65_HS1-834228961_62-HQ-83894_Section_10
Agency: FBI
Page 20
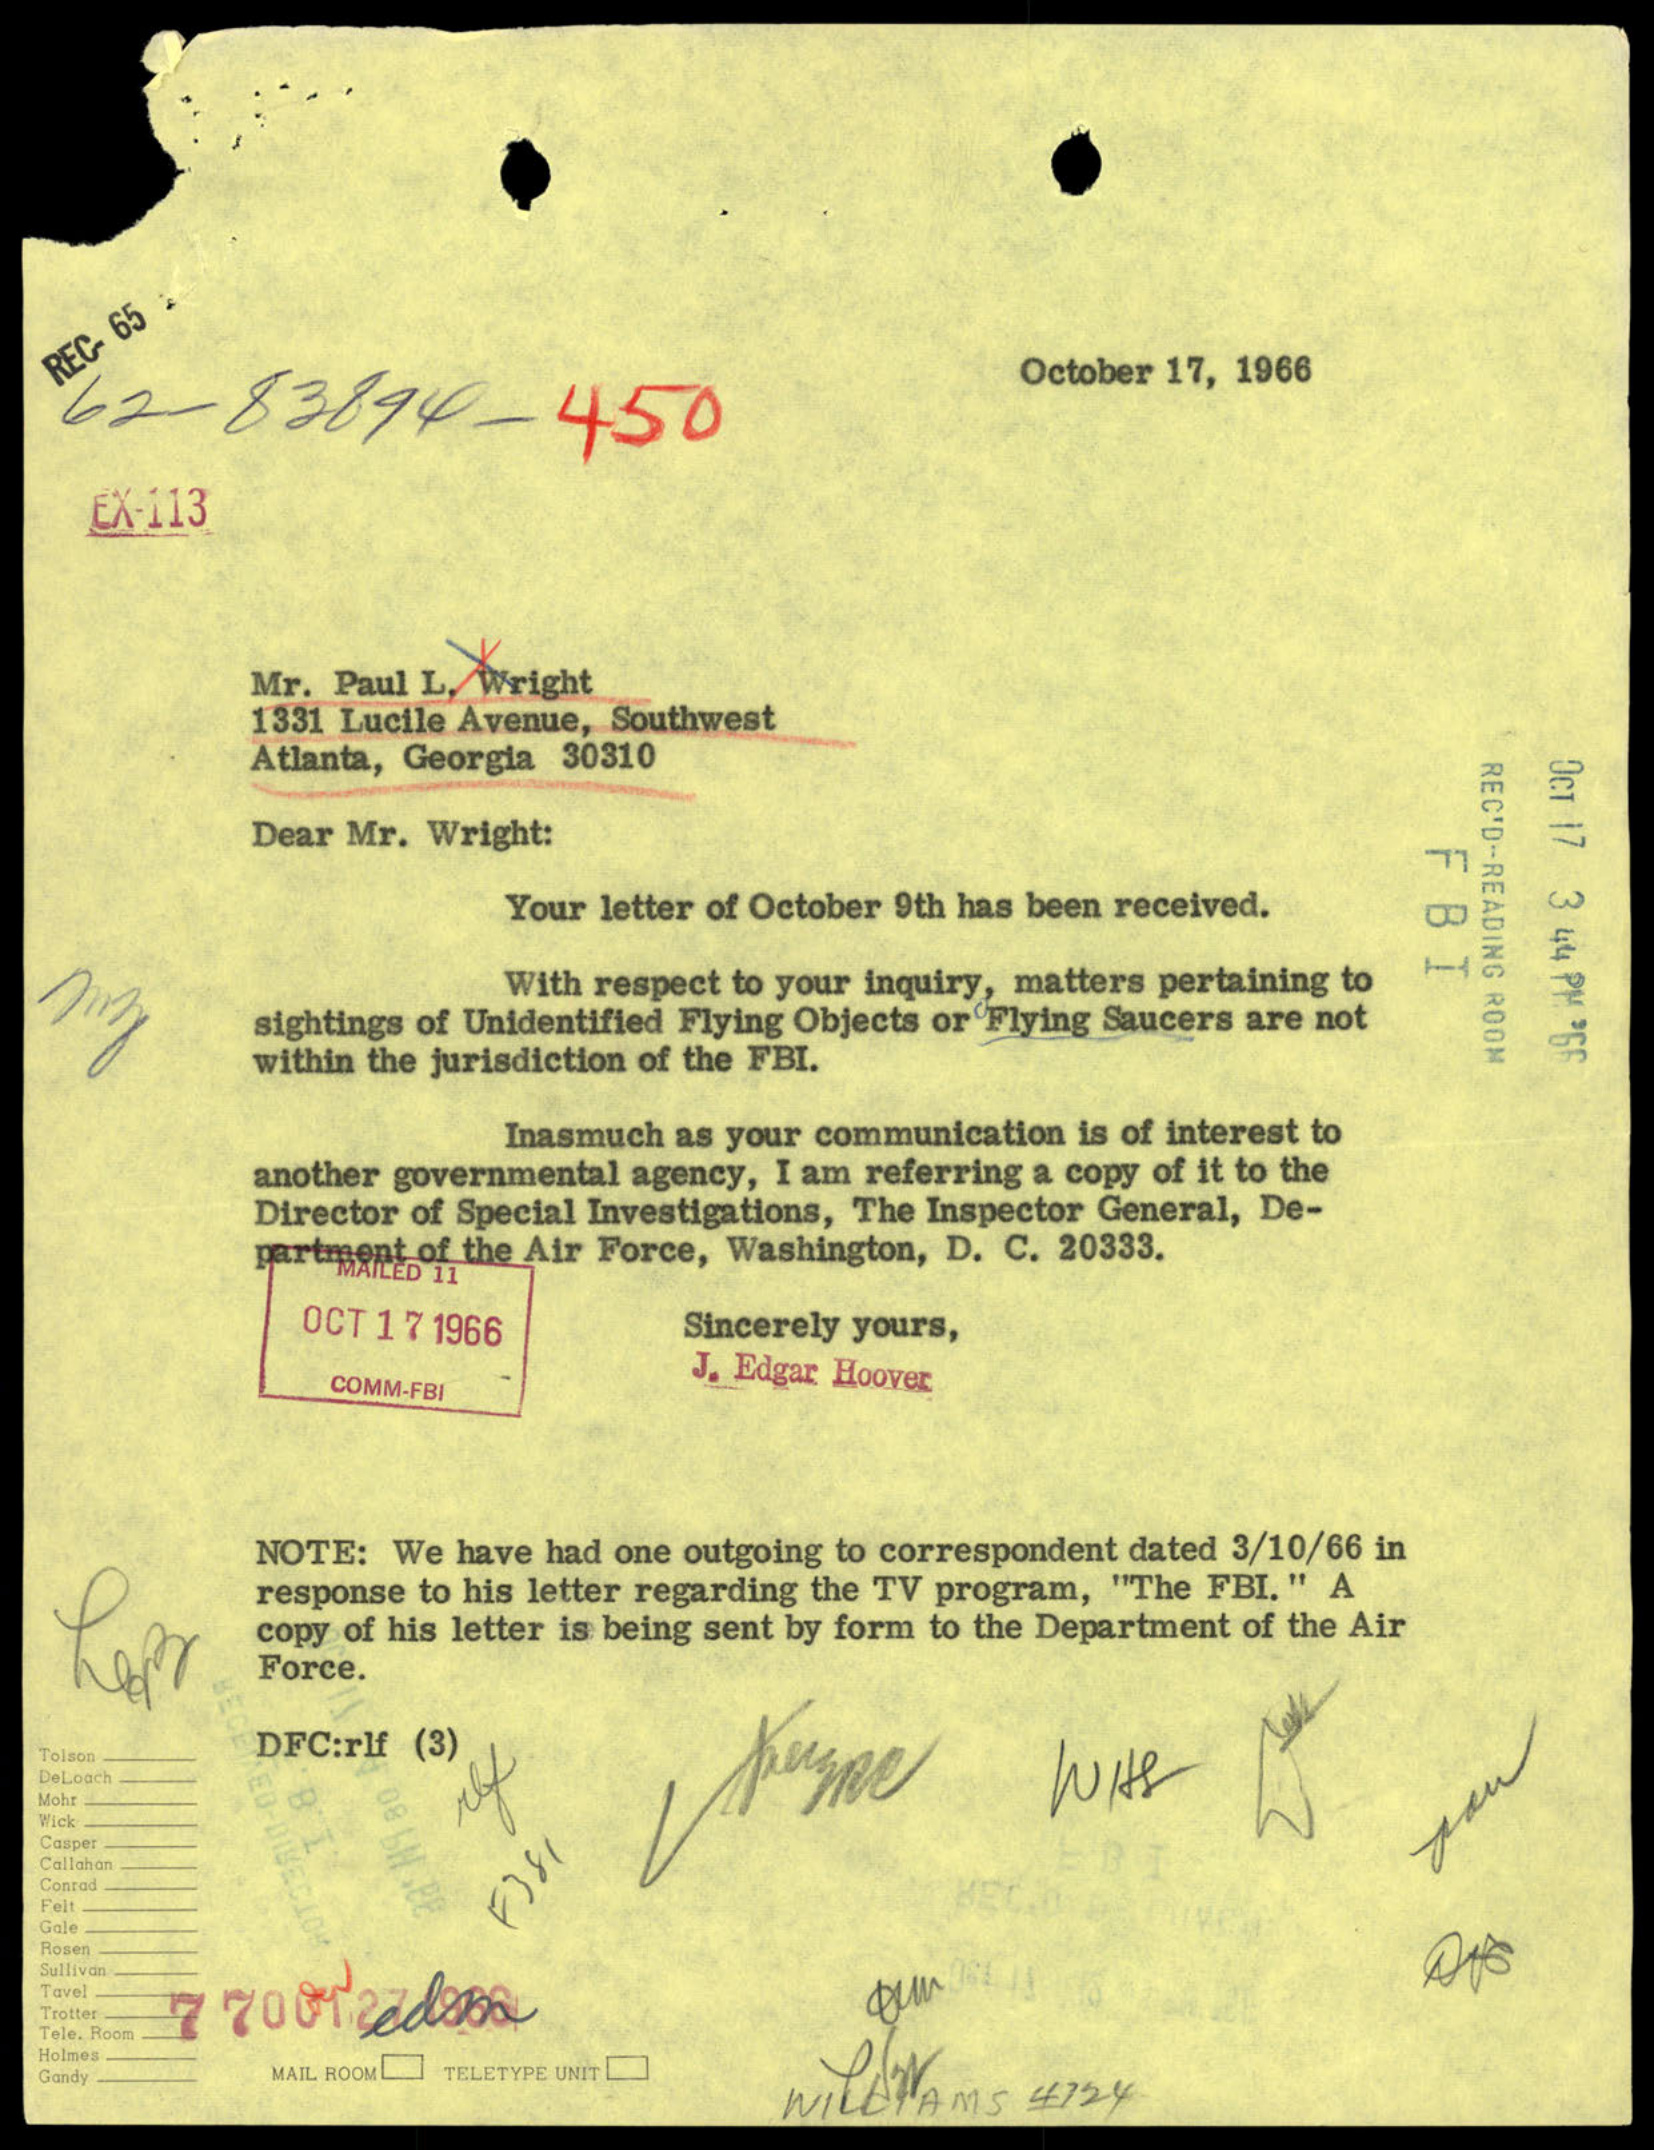